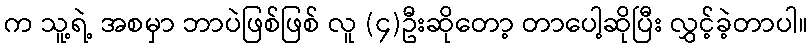
က သူ့ရဲ့ အစမှာ ဘာပဲဖြစ်ဖြစ် လူ (၄)ဦးဆိုတော့ တာပေါ့ဆိုပြီး လွှင့်ခဲ့တာပါ။